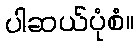
ပါဆယ်ပုံစံ။